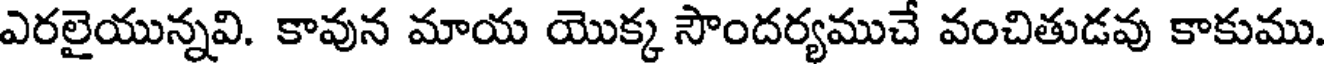
ఎరలైయున్నవి. కావున మాయ యొక్క సౌందర్యముచే వంచితుడవు కాకుము.